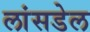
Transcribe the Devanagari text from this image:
लांसडेल